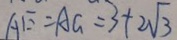
A E = A G = 3 + 2 \sqrt { 3 }